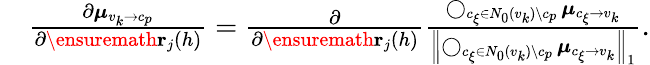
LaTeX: \begin{array}{rl}&{\frac{\partial\boldsymbol{\mu}_{v_{k}\to c_{p}}}{\partial\ensuremath{\mathbf{r}}_{j}(h)}=\frac{\partial}{\partial\ensuremath{\mathbf{r}}_{j}(h)}\frac{\operatorname*{\bigcirc}_{c_{\xi}\in N_{0}(v_{k})\setminus c_{p}}\boldsymbol{\mu}_{c_{\xi}\to v_{k}}}{\left\| \operatorname*{\bigcirc}_{c_{\xi}\in N_{0}(v_{k})\setminus c_{p}}\boldsymbol{\mu}_{c_{\xi}\to v_{k}}\right\| _{1}}.}\end{array}